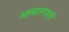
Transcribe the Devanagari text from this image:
अहमदनगरातले